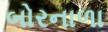
બોરનાળા